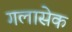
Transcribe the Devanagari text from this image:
गलासेक